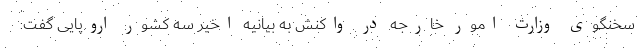
سخنگوی وزارت امور خارجه در واکنش به بیانیه اخیر سه کشور اروپایی گفت: